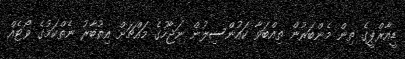
ޑީއާރްޕީގެ ތިން މެންބަރުން ތިއްބަވާ ކައުންސިލުން ނަޖާހުގެ މައްޗަށް އިތުބާރު ނެތްކަމުގެ ވޯޓެއް